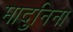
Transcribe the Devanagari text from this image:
मादुनिना